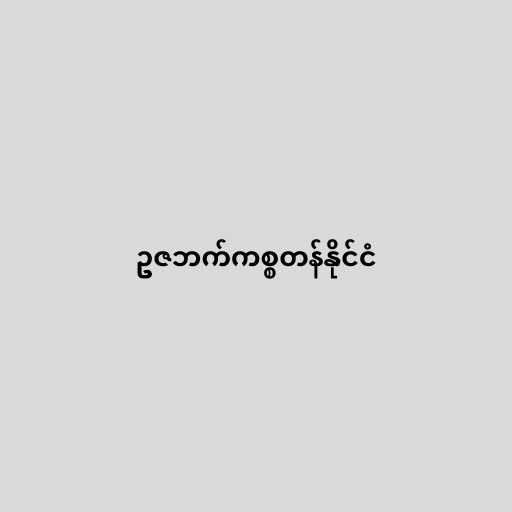
ဥဇဘက်ကစ္စတန်နိုင်ငံ